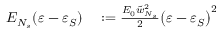
\begin{array} { r l } { E _ { N _ { s } } ( \varepsilon - \varepsilon _ { S } ) } & { { } : = \frac { E _ { 0 } \tilde { w } _ { N _ { s } } ^ { 2 } } { 2 } \big ( \varepsilon - \varepsilon _ { S } \big ) ^ { 2 } } \end{array}